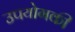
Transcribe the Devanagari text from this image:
उपयोगकी